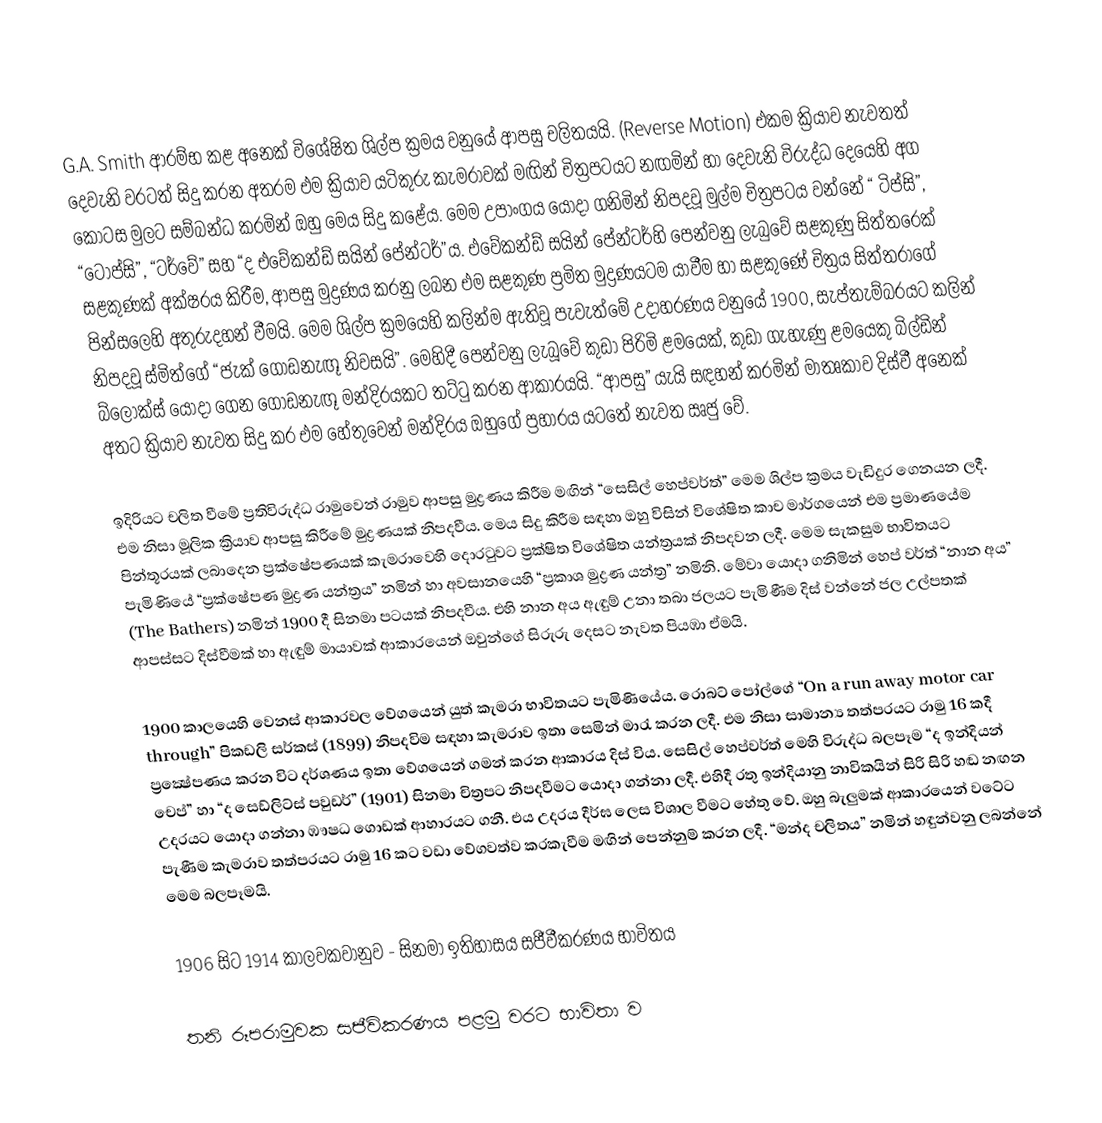
G.A. Smith  ආරම්භ කළ අනෙක් විශේෂිත ශිල්ප ක්‍රමය වනුයේ ආපසු චලිතයයි. (Reverse Motion) එකම ක්‍රියාව නැවතත් දෙවැනි වරටත් සිදු කරන අතරම එම ක්‍රියාව යටිකුරු කැමරාවක් මඟින් චිත්‍රපටයට නඟමින් හා දෙවැනි විරුද්ධ දෙයෙහි අග කොටස මුලට සම්බන්ධ කරමින් ඔහු මෙය සිදු කළේය. මෙම උපාංගය යොදා ගනිමින් නිපදවූ මුල්ම චිත්‍රපටය වන්නේ “ ටිප්සි”, “ටොප්සි”, “ටර්වේ” සහ “ද එවේකන්ඩ් සයින් පේන්ටර්”ය. එවේකන්ඩ් සයින් පේන්ටර්හි පෙන්වනු ලැබුවේ සළකුණු සිත්තරෙක් සළකුණක් අක්ෂරය කිරීම, ආපසු මුද්‍රණය කරනු ලබන එම සළකුණ ප්‍රමිත මුද්‍රණයටම යාවීම හා සළකුණේ චිත්‍රය සිත්තරාගේ පින්සලෙහි අතුරුදහන් වීමයි. මෙම ශිල්ප ක්‍රමයෙහි කලින්ම ඇතිවූ පැවැත්මේ උදාහරණය වනුයේ 1900, සැප්තැම්බරයට කලින් නිපදවූ ස්මිත්ගේ “ජැක් ගොඩනැඟූ නිවසයි”. මෙහිදී පෙන්වනු ලැබූවේ කුඩා පිරිමි ළමයෙක්, කුඩා ගැහැණු ළමයෙකු බිල්ඩින් බ්ලොක්ස් යොදා ගෙන ගොඩනැඟූ මන්දිරයකට තට්ටු කරන ආකාරයයි. “ආපසු” යැයි සඳහන් කරමින් මාතෘකාව දිස්වී අනෙක් අතට ක්‍රියාව නැවත සිදු කර එම හේතුවෙන් මන්දිරය ඔහුගේ ප්‍රහාරය යටතේ නැවත ඍජු වේ.

ඉදිරියට චලිත වීමේ ප්‍රතිවිරුද්ධ රාමුවෙන් රාමුව ආපසු මුද්‍රණය කිරීම මඟින් “සෙ‍සිල් හෙප්වර්ත්” මෙම ශිල්ප ක්‍රමය වැඩිදුර ගෙනයන ලදී. එම නිසා මූලික ක්‍රියාව ආපසු කිරීමේ මුද්‍රණයක් නිපදවීය. මෙය සිදු කිරීම සඳහා ඔහු විසින් විශේෂිත කාච මාර්ගයෙන් එම ප්‍රමාණයේම පින්තූරයක් ලබාදෙන ප්‍රක්ෂේපණයක් කැමරාවෙහි දොරටුවට ප්‍රක්ෂිත විශේෂිත යන්ත්‍රයක් නිපදවන ලදී. මෙම සැකසුම භාවිතයට පැමිණියේ “ප්‍රක්ෂේපණ මුද්‍රණ යන්ත්‍රය” නමින් හා අවසානයෙහි “ප්‍රකාශ මුද්‍රණ යන්ත්‍ර” නමිනි. මේවා යොදා ගනිමින් හෙප් වර්ත්  “නාන අය” (The Bathers) නමින් 1900 දී සිනමා පටයක් නිපදවීය. එහි නාන අය ඇඳුම් උනා තබා ජලයට පැමිණීම දිස් වන්නේ ජල උල්පතක් ආපස්සට දිස්වීමක් හා ඇඳුම් මායාවක් ආකාරයෙන් ඔවුන්ගේ සිරුරු දෙසට නැවත පියඹා ඒමයි.

1900 කාලයෙහි වෙනස් ආකාරවල වේගයෙන් යුත් කැමරා භාවිතයට පැමිණියේය. රොබට් පෝල්ගේ “On a run away motor car through” පිකඩලි සර්කස් (1899) නිපදවිම සඳහා කැමරාව ඉතා සෙමින් මාරැ කරන ලදී. එම නිසා සාමාන්‍ය තත්පරයට රාමු 16 කදී ප්‍රක්‍ෂේපණය කරන විට දර්ශණය ඉතා වේගයෙන් ගමන් කරන ආකාරය දිස් විය. සෙසිල් හෙප්වර්ත් මෙහි විරුද්ධ බලපෑම “ද ඉන්දියන් චෙප්” හා “ද සෙඩ්ලිට්ස් පවුඩර්” (1901) සිනමා චිත්‍රපට නිපදවීමට යොදා ගන්නා ලදී. එහිදී රතු ඉන්දියානු නාවිකයින් සිරි සිරි හඬ නඟන උදරයට යොදා ගන්නා ඹෟෂධ ගොඩක් ආහාරයට ගනී. එය උදරය දීර්ඝ ලෙස විශාල වීමට හේතු වේ. ඔහු බැලුමක් ආකාරයෙන් වටේට පැණීම කැමරාව තත්පරයට රාමු 16 කට වඩා වේගවත්ව කරකැවීම මඟින් පෙන්නුම් කරන ලදී. “මන්ද චලිතය” නමින් හඳුන්වනු ලබන්නේ මෙම බලපෑමයි.

1906 සිට 1914 කාලවකවානුව - සිනමා ඉතිහාසය සජීවීකරණය භාවිතය

තනි රූපරාමුවක සජීවිකරණය පළමු වරට භාවිතා ව